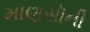
માણસૉની